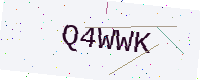
Text: Q4WWK